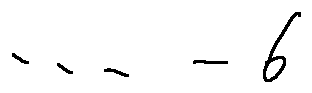
\cdots - 6